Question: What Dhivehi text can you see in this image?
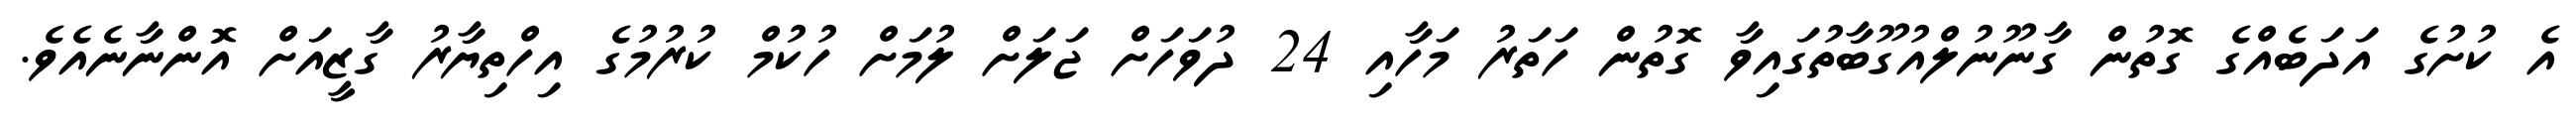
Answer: އެ ކުށުގެ އަދަބެއްގެ ގޮތުން ގާނޫނުލްއުގޫބާތުގައިވާ ގޮތުން ހަތަރު މަހާއި 24 ދުވަހަށް ޖަލަށް ލުމަށް ހުކުމް ކުރުމުގެ އިހްތިޔާރު ގާޒީއަށް އޮންނާނެއެވެ.